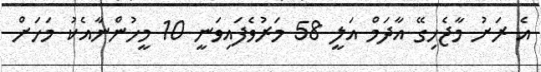
އެ ރަށު މާޖެހިގޭ އާދަމް އަލީ 58 މަރުވެފައިވަނީ 10 މީހުންނާއެކު މަހަށް